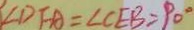
\angle D F A = \angle C E B = 9 0 ^ { \circ }